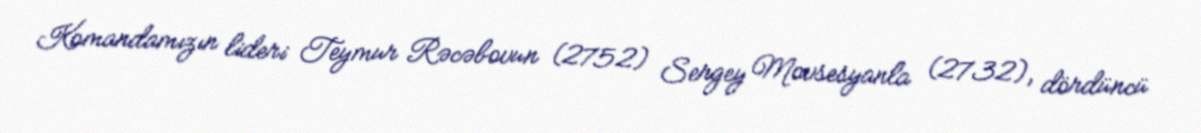
Komandamızın lideri Teymur Rəcəbovun (2752) Sergey Movsesyanla (2732), dördüncü